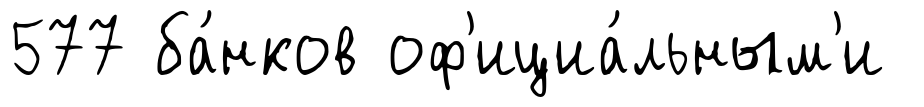
577 ба́нков оф'ициа́льным'и